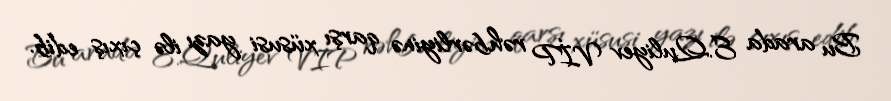
Bu arada E.Quliyev VİP rəhbərliyinə qarşı xüsusi yazı ilə çıxış edib.